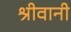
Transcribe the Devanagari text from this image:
श्रीवानी